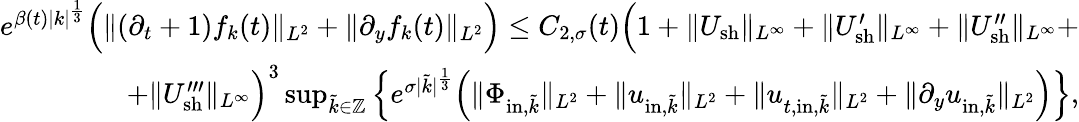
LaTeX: \begin{array}{r}{e^{\beta(t)|k|^{\frac{1}{3}}}\Big(\| (\partial_{t}+1)f_{k}(t)\| _{L^{2}}+\| \partial_{y}f_{k}(t)\| _{L^{2}}\Big)\leq C_{2,\sigma}(t)\Big(1+\| U_{\mathrm{sh}}\| _{L^{\infty}}+\| U_{\mathrm{sh}}^{\prime}\| _{L^{\infty}}+\| U_{\mathrm{sh}}^{\prime\prime}\| _{L^{\infty}}+}\\ {+\| U_{\mathrm{sh}}^{\prime\prime\prime}\| _{L^{\infty}}\Big)^{3}\operatorname*{sup}_{\tilde{k}\in\mathbb Z}\Big\{ e^{\sigma|\tilde{k}|^{\frac{1}{3}}}\Big(\| \Phi_{\mathrm{in},\tilde{k}}\| _{L^{2}}+\| u_{\mathrm{in},\tilde{k}}\| _{L^{2}}+\| u_{t,\mathrm{in},\tilde{k}}\| _{L^{2}}+\| \partial_{y}u_{\mathrm{in},\tilde{k}}\| _{L^{2}}\Big)\Big\} ,}\end{array}